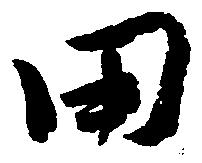
田